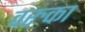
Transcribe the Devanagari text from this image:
वरुका